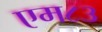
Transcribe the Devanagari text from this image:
एम८३